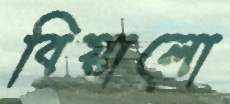
বিয়ালো